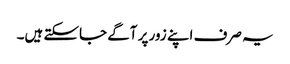
یہ صرف اپنے زور پر آگے جاسکتے ہیں۔